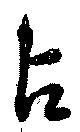
占